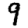
Digit: 9